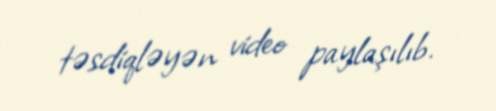
təsdiqləyən video paylaşılıb.